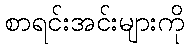
စာရင်းအင်းများကို